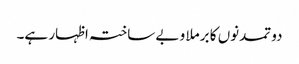
دو تمدنوں کا برملا و بے ساختہ اظہار ہے۔